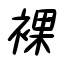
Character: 裸